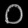
Digit: ၀